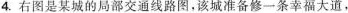
4.右图是某城的局部交通线路图，该城准备修-条幸福大道，